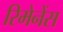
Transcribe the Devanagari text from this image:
रिमेनेंस